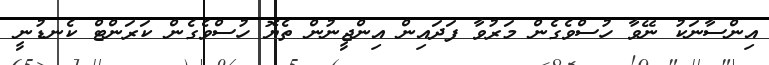
އިންސާނަކު ނޭވާ ހުސްވެގެން މަރުވާ ފަދައިން އިންޖީނުން ތެޔޮ ހުސްވެގެން ކަރަންޓް ކެނޑުނީ